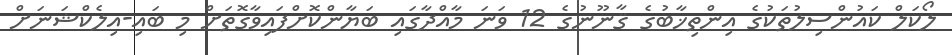
ލޯކަލް ކައުންސިލުތަކުގެ އިންތިޚާބުގެ ޤާނޫނުގެ 12 ވަނަ މާއްދާގައި ބަޔާންކޮށްފައިވާގޮތަށް މި ބައި-އިލެކްޝަނަށް